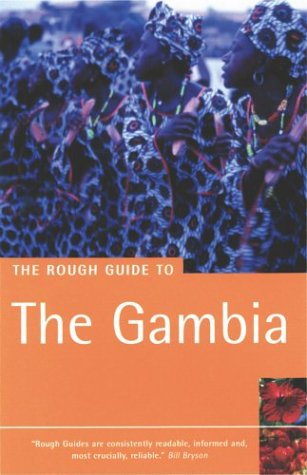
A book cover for The Rough Guide to The Gambia 1 (Rough Guide Travel Guides); ROUGH GUIDES; Travel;